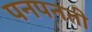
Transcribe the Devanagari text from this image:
पनपनती